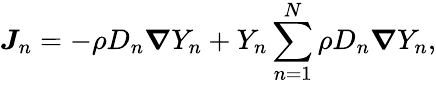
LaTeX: \boldsymbol{J}_{n}=-\rho D_{n}\boldsymbol{\nabla}Y_{n}+Y_{n}\sum_{n=1}^{N}\rho D_{n}\boldsymbol{\nabla}Y_{n},